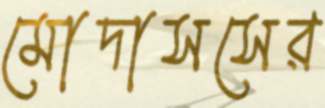
মোদাসসের